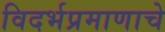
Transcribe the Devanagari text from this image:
विदर्भप्रमाणाचे